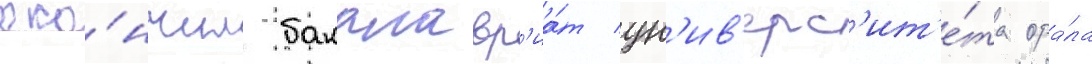
око́нчил бакалавр'иа́т ун'ив'ерс'ит'е́та ора́ла